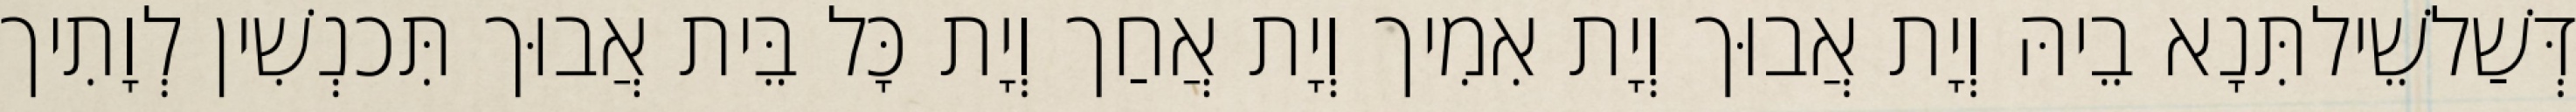
דְּשַׁלשֵׁילתִּנָא בֵיהּ וְיָת אֲבוּך וְיָת אִמִיך וְיָת אֲחַך וְיָת כָּל בֵּית אֲבוּך תִּכנְשִׁין לְוָתִיך